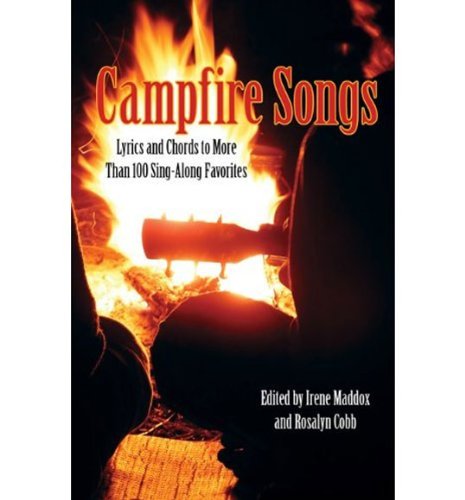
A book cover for Campfire Songs: Lyrics And Chords To More Than 100 Sing-Along Favorites (Campfire Books); Sports & Outdoors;